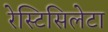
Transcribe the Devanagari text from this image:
रेस्टिसिलेटा